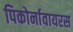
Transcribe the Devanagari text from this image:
पिकोर्नावायरस